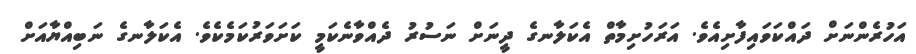
އަހުރެންނަށް ދައްކަވައިފާށިއެވެ. އަރަހުށިމާތް އެކަލާނގެ ދީނަށް ނަސުރު ދެއްވާނެކަމީ ކަށަވަރުކަމެކެވެ. އެކަލާނގެ ނަބިއްޔާއަށް